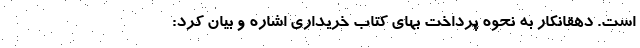
است. دهقانکار به نحوه پرداخت بهای کتاب خریداری اشاره و بیان کرد: